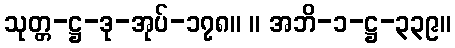
သုတ္တ-ဋ္ဌ-ဒု-အုပ်-၁၇၈။ ။ အဘိ-၁-ဋ္ဌ-၃၃၉။